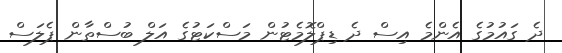
ދެ ގައުމުގެ އެންމެ އިސް ދެ ޑިޕްލޮމެޓުން މަސްކަޓުގެ އަލް ބުސްތާން ޕެލަސް